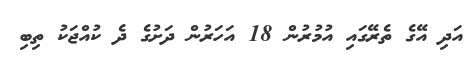
އަދި އޭގެ ތެރޭގައި އުމުރުން 18 އަހަރުން ދަށުގެ ދެ ކުއްޖަކު ތިބި